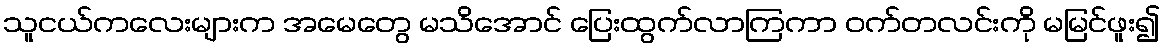
သူငယ်ကလေးများက အမေတွေ မသိအောင် ပြေးထွက်လာကြကာ ဝက်တလင်းကို မမြင်ဖူး၍